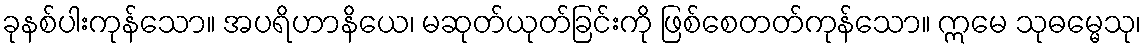
ခုနစ်ပါးကုန်သော။ အပရိဟာနိယေ၊ မဆုတ်ယုတ်ခြင်းကို ဖြစ်စေတတ်ကုန်သော။ ဣမေ သုဓမ္မေသု၊